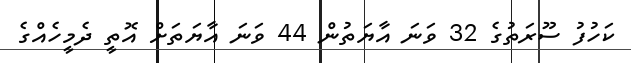
ކަހުފު ސޫރަތުގެ 32 ވަނަ އާޔަތުން 44 ވަނަ އާޔަތަށް އޮތީ ދެމީހެއްގެ